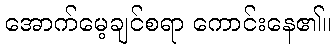
အောက်မေ့ချင်စရာ ကောင်းနေ၏။